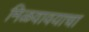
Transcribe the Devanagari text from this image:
मिळवावयाचा